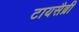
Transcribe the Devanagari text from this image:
टायसैब्री